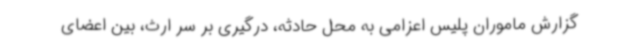
گزارش ماموران پلیس اعزامی به محل حادثه، درگیری بر سر ارث، بین اعضای